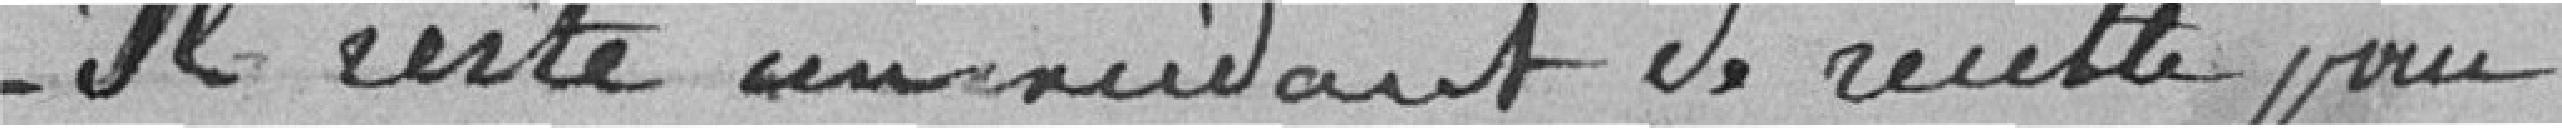
Il reste un excédant de recette pour